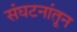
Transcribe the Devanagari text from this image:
संघटनांतून